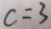
c = 3